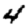
Digit: 4